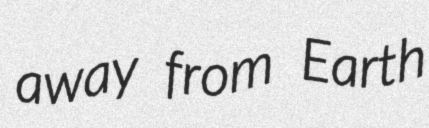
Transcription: away from Earth